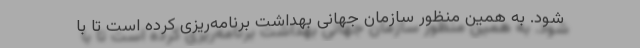
شود. به همین منظور سازمان جهانی بهداشت برنامه‌ریزی کرده است تا با